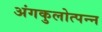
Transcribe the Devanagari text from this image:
अंगकुलोत्पन्न